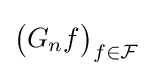
{\bigl (}G_{n}f{\bigr )}_{f\in {\mathcal {F}}}